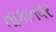
તાકાતવર